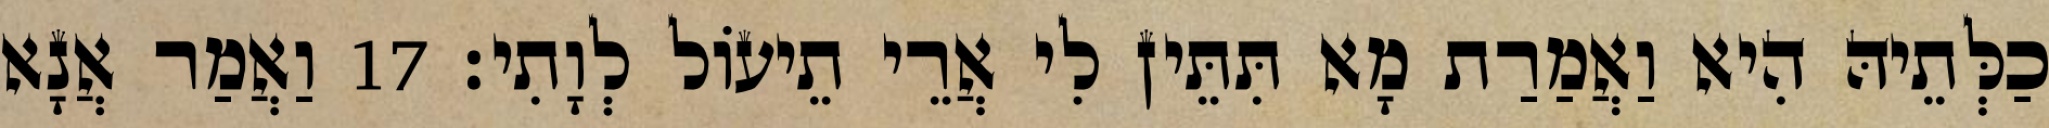
כַלְּתֵיהּ הִיא וַאֲמַרַת מָא תִּתֵּין לִי אֲרֵי תֵיעוֹל לְוָתִי׃ 17 וַאֲמַר אֲנָא